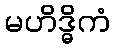
မဟိဒ္ဓိကံ